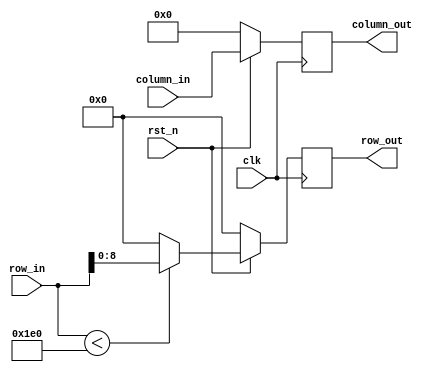
module pipelineStartBuffer(clk, rst_n, row_in, column_in, row_out, column_out);

input clk, rst_n;
input [9:0] row_in;
input [9:0] column_in;

output reg [8:0] row_out;
output reg [9:0] column_out;

always @(posedge clk)
begin
	if (~rst_n)
	begin
		row_out <= 0;
		column_out <= 0;
	end
	else
	begin
		column_out <= column_in;
		if (row_in < 480)
			row_out <= row_in[8:0];
		else
			row_out <= 0;
		
	end
end

endmodule